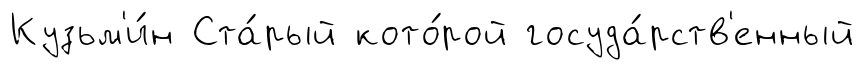
Кузьм'и́н Ста́рый кото́рой госуда́рств'енный